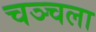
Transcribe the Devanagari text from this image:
चञ्चला